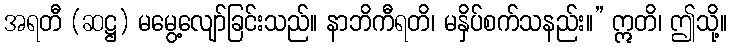
အရတီ (ဆဋ္ဌ) မမွေ့လျော်ခြင်းသည်။ နာဘိကီရတိ၊ မနှိပ်စက်သနည်း။” ဣတိ၊ ဤသို့။